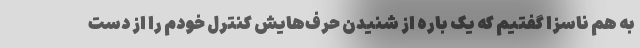
به هم ناسزا گفتیم که یک باره از شنیدن حرف‌هایش کنترل خودم را از دست